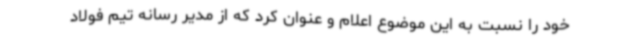
خود را نسبت به این موضوع اعلام و عنوان کرد که از مدیر رسانه تیم فولاد